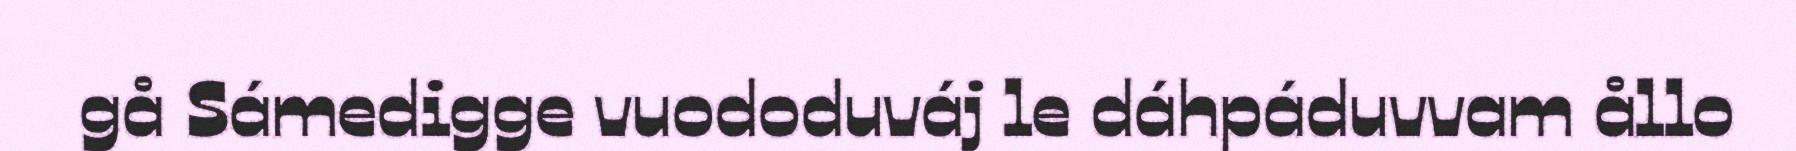
gå Sámedigge vuododuváj le dáhpáduvvam ållo